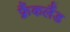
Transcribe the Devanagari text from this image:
फ़्रैंकलैंड